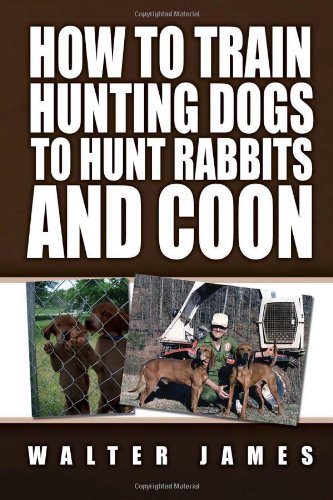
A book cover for How to Train Hunting Dogs to Hunt Rabbits and Coon; Walter James; Humor & Entertainment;